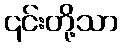
၎င်းတို့သာ